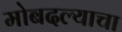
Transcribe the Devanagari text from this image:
मोबदल्याचा